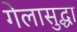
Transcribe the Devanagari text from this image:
गेलासुद्धा